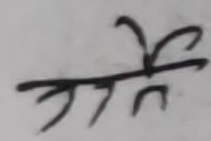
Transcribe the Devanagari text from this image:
प्रविष्टि